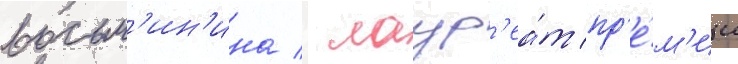
восьм'ин'ина / лаур'еа́т пр'е́м'ии